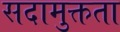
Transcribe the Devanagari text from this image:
सदामुक्तता